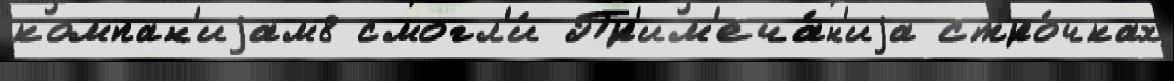
компан'иjам8 смогл'и́ Пр'им'еча́н'иjа стро́чках